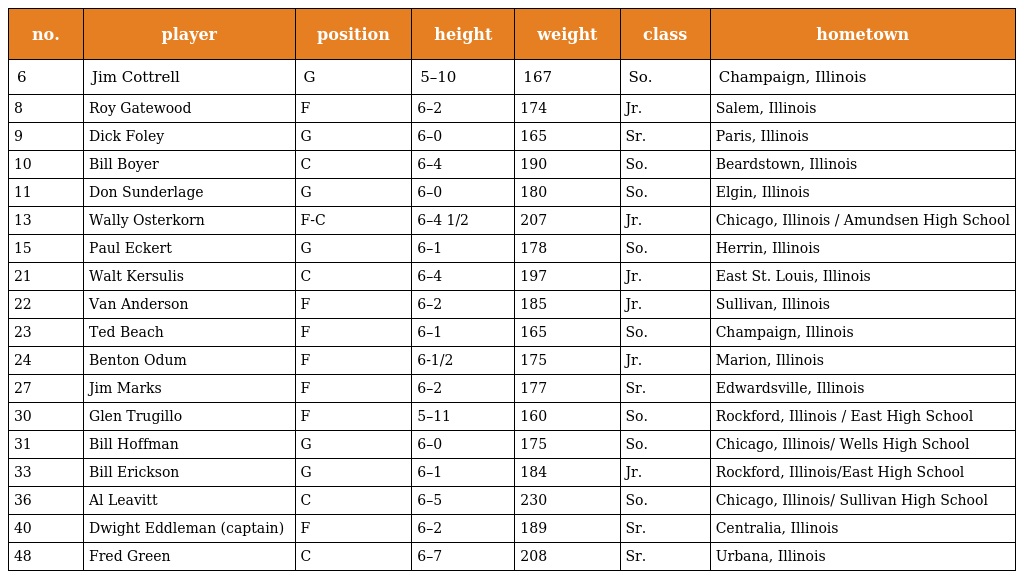
| no. | player | position | height | weight | class | hometown |
 | --- | --- | --- | --- | --- | --- | --- |
 | 6 | Jim Cottrell | G | 5–10 | 167 | So. | Champaign, Illinois |
 | 8 | Roy Gatewood | F | 6–2 | 174 | Jr. | Salem, Illinois |
 | 9 | Dick Foley | G | 6–0 | 165 | Sr. | Paris, Illinois |
 | 10 | Bill Boyer | C | 6–4 | 190 | So. | Beardstown, Illinois |
 | 11 | Don Sunderlage | G | 6–0 | 180 | So. | Elgin, Illinois |
 | 13 | Wally Osterkorn | F-C | 6–4 1/2 | 207 | Jr. | Chicago, Illinois / Amundsen High School |
 | 15 | Paul Eckert | G | 6–1 | 178 | So. | Herrin, Illinois |
 | 21 | Walt Kersulis | C | 6–4 | 197 | Jr. | East St. Louis, Illinois |
 | 22 | Van Anderson | F | 6–2 | 185 | Jr. | Sullivan, Illinois |
 | 23 | Ted Beach | F | 6–1 | 165 | So. | Champaign, Illinois |
 | 24 | Benton Odum | F | 6-1/2 | 175 | Jr. | Marion, Illinois |
 | 27 | Jim Marks | F | 6–2 | 177 | Sr. | Edwardsville, Illinois |
 | 30 | Glen Trugillo | F | 5–11 | 160 | So. | Rockford, Illinois / East High School |
 | 31 | Bill Hoffman | G | 6–0 | 175 | So. | Chicago, Illinois/ Wells High School |
 | 33 | Bill Erickson | G | 6–1 | 184 | Jr. | Rockford, Illinois/East High School |
 | 36 | Al Leavitt | C | 6–5 | 230 | So. | Chicago, Illinois/ Sullivan High School |
 | 40 | Dwight Eddleman (captain) | F | 6–2 | 189 | Sr. | Centralia, Illinois |
 | 48 | Fred Green | C | 6–7 | 208 | Sr. | Urbana, Illinois |